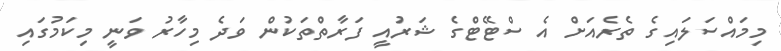
މިމައްސަލައިގެ ތެރެއަށް އެ ސްޓޭޓްގެ ޝަރުއީ ފަރާތްތަކުން ވަދެ މިހާރު ވަނީ މިކަމުގައި